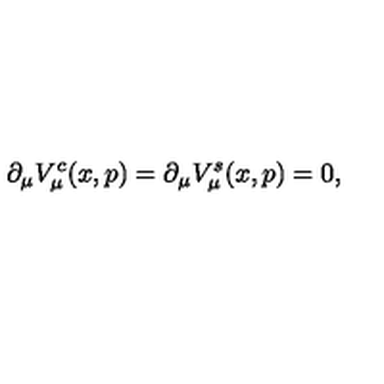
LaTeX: \partial _ { \mu } V _ { \mu } ^ { c } ( x , p ) = \partial _ { \mu } V _ { \mu } ^ { s } ( x , p ) = 0 ,